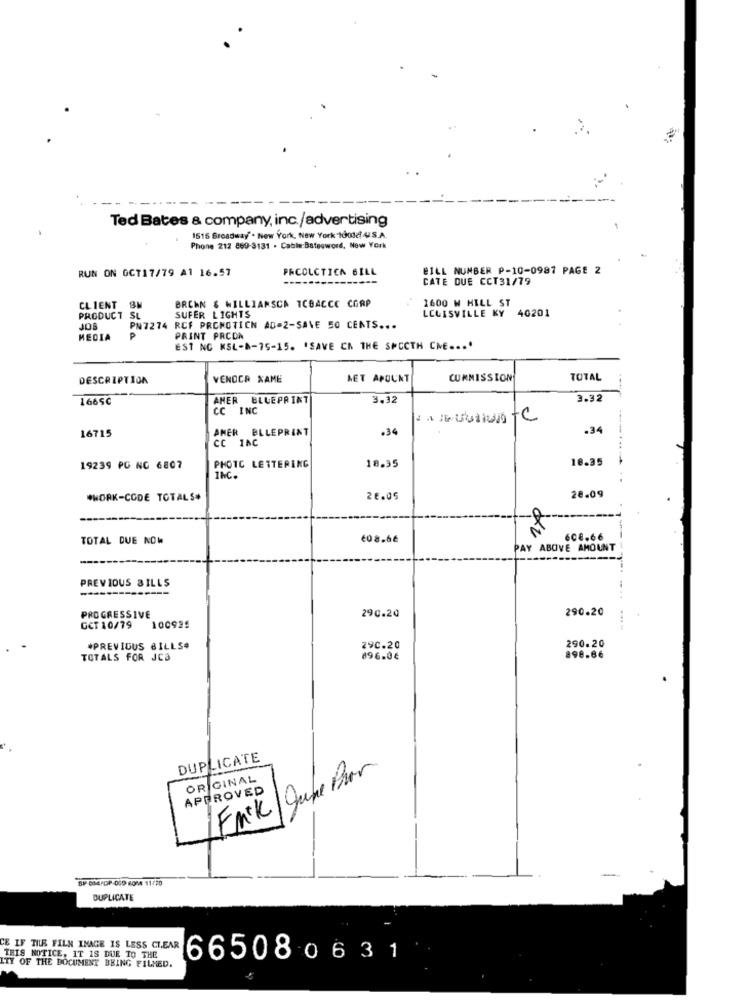
----.
Ted Bates & company, inc./advertising
1515 Broadway' . New York, New York-1001/ 4S.A.
Phone 212 869-3131 . Cable:Bateoword, New York
RUN ON GCT17/79 A1 16.57
PRCOLCTICA BILL
BILL NUMBER P-10-0987 PAGE 2
CATE DUE CCT31/79
1600 W HILL ST
CLIENT BM
BRCHN & WILLIAMSCA TCBACCE CORP
LCLISVILLE KY 40201
PRODUCT SL
SUFER LIGHTS
JOB
PN7274 RCF PROMOTION AD=2-SAVE 50 CENTS ...
MEDIA
P
PRINT PRCON
EST NC KSL-8-75-15. "SAVE CN THE SMOOTH CHE ....
DESCRIPTION
VENOCR XAME
MET APOUNT
CUMMISSION
TOTAL
1665C
ANER BLUEPRINT
3.32
3.32
CC INC
AMER BLLEPRINT
.34
.34
16715
CC INC
18.35
18.35
----- .....
19239 PG NC 6807
PHOTC LETTERING
INC.
*WORK-CODE TOTALS#
26.05
28.09
TOTAL DUE NOW
€08.6€
608.66
PAY ABOVE AMOUNT
PREVIOUS BILLS
-
290.20
290.20
PROGRESSIVE
GCT 10/79
100925
290.20
#PREVIOUS BILLS#
29C.20
TOTALS FOR JCB
896.0€
898.6€
DUPLICATE
OR GINAL
Fink|June Bor
APPROVED
DUPLICATE
CE IF TILK FILM IMAGE IS LESS CLEAR
THIS NOTICE, IT IS DUE TO THE
665080631
ITY OF THE DOCUMENT BEING FILMED.